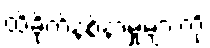
ထိခိုက်နစ်နာမှုများကို